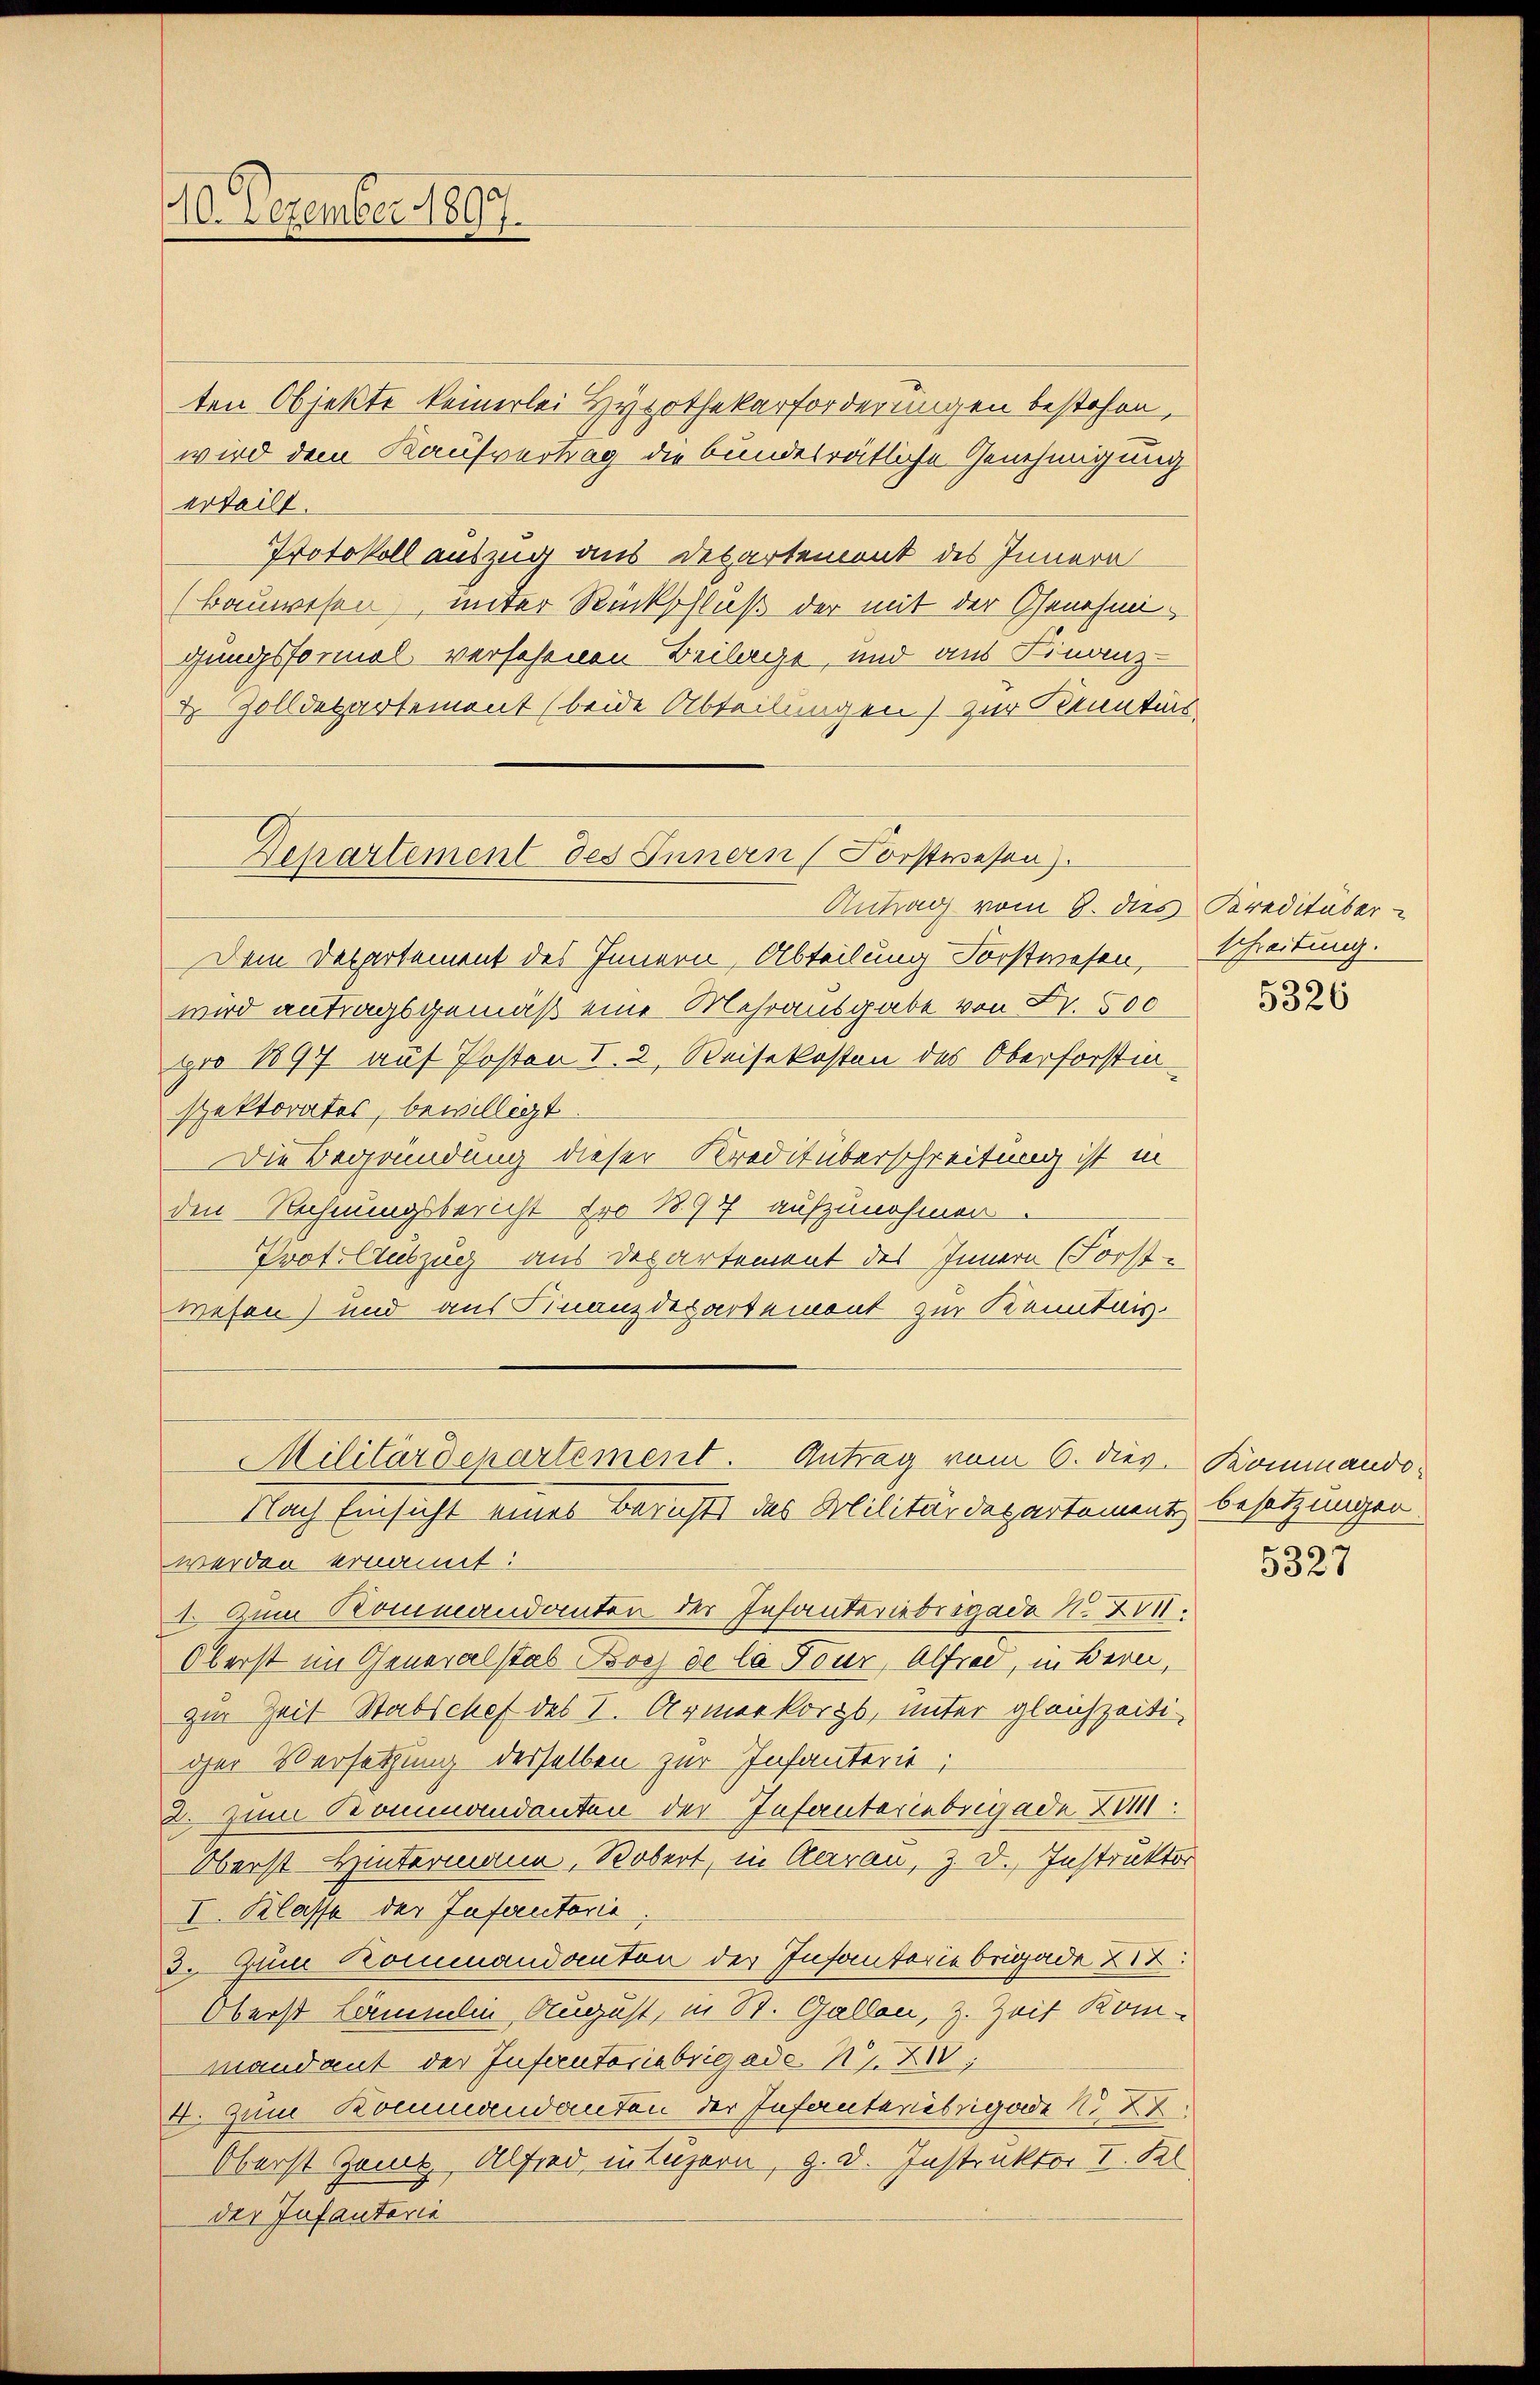
10. Dezember 1890.

ten Objekte keinerlei Hypothekarforderungen bestehen,
wird dem Kaufvertrag die bundesrätliche Genehmigung
erteilt.
Protokoll auszug aus Departement des Innern
(Bauwesen, unter Rückschluß der mit der Genehmigungsformal versehenen Beilage, und aus Finanz-
2 Zolldepartement (beide Abteilungen) zur Kenntnis
Antrag vom 8. dies Kreditaber
Dem Departement des Innern, Abteilung Forstwesen,
wird antragsgemäß eine Mehrausgabe von Fr. 500
pro 1897 auf Posten I. 2. Reisekosten des Oberforstinspektorates, bewilligt.
Die Begründung dieser Kreditüberschreitung ist in
den Rechnungsbericht pro 1897 aufzunehmen
Prof. Auszug aus Departement des Innern (Forst-
wesen) und aus Finanzdepartement zur Kenntnis.
Militärdepartement. Antrag vom 6. diev. Kommando-
Nach Einsicht eines Berichts des Militärdepartement besetzungen.
werden ernannt:
1. Zum Kommandanten der Infanteriebrigade N. Z.
Oberst im Generalstab Boch de la Four, Alfred, in Bern,
zur Zeit Stabschef des I. Armerkorps, unter gleichzeitiger Versetzung derselben zur Infanterit;
2. Zum Kommandanten der Infanteriebrigade Zim
Oberst Hintermann, Robert, in Aarau, z. d. Instruktor
I. Klasse der Infautoria
3. Zum Kommandanten der Infanteriebrigade 212:
Oberst Lämmlin, August, in St. Gallen, z. Zeit Kommandant der Insecutoriebrigade. Nat
4. Zum Kommandanten der Infanterbegade No 27.
Oberst Zeit Alfred, in Luzern, 9. d. Instruktor I. Kl
der Infantaria

Departement des Innern (Forstwesen.

schreitung.

5326

5327